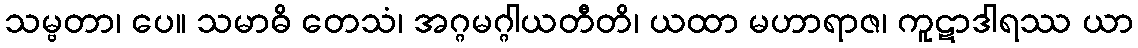
သမ္ဗတာ၊ ပေ။ သမာဓိ တေသံ၊ အဂ္ဂမဂ္ဂါယတီတိ၊ ယထာ မဟာရာဇ၊ ကူဋာဒါရဿ ယာ